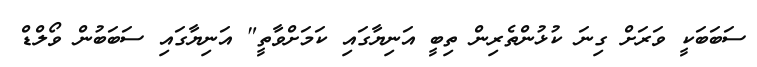
ސަބަބަކީ ވަރަށް ގިނަ ކުޅުންތެރިން ތިބީ އަނިޔާގައި ކަމަށްވާތީ" އަނިޔާގައި ސަބަބުން ވޯލްޑް